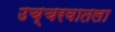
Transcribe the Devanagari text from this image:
उच्चरवातला